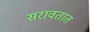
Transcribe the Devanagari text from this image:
सरावतात